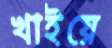
খাইয়ে